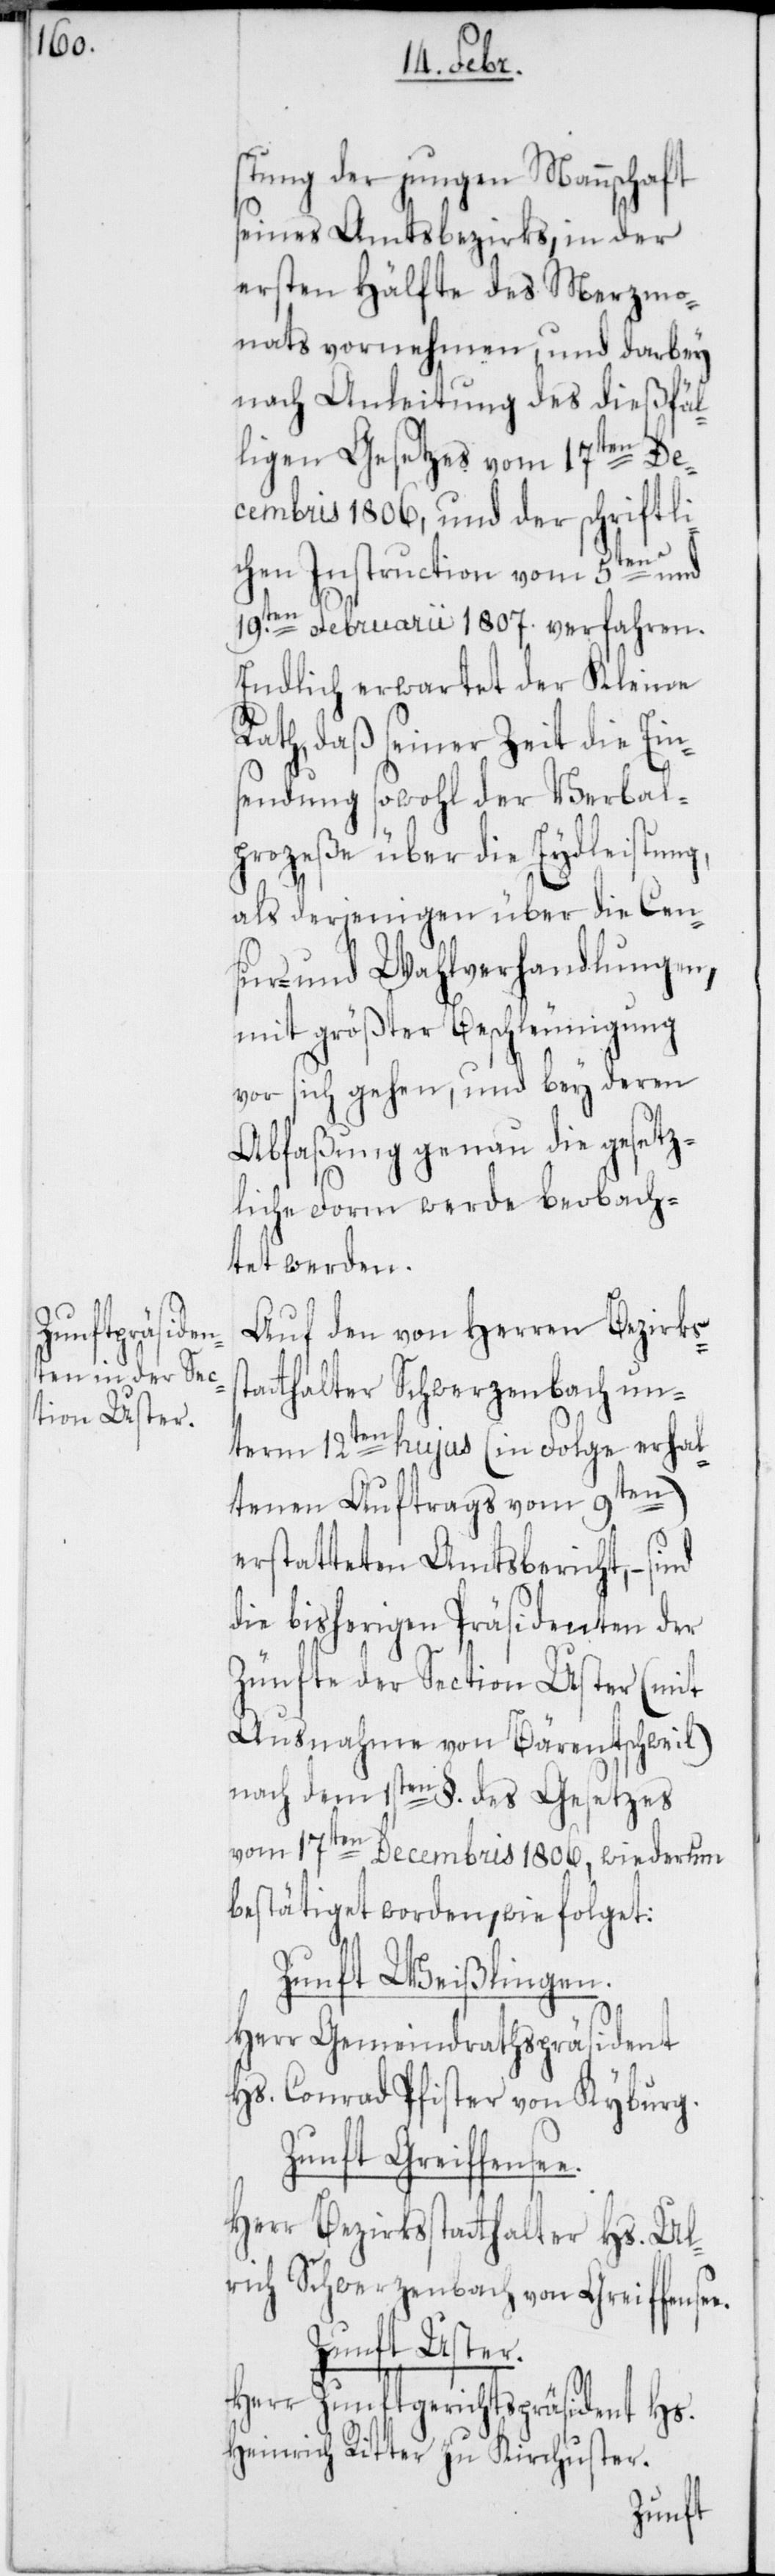
stung der jungen Mannschaft
seines Amtsbezirks, in der
ersten Hälfte des Merzmo¬
nats vornehmen, und darbey
nach Anleitung des dießfäl¬
ligen Gesetzes vom 17ten De¬
cembris 1806, und der schriftli¬
chen Instruction vom 5ten und
19ten Februarii 1807. verfahren.
Endlich erwartet der Kleine
Rath, daß seiner Zeit die Ein¬
sendung sowohl der Verbal¬
prozeße über die Eydleistung,
als derjenigen über die Cen¬
sur- und Wahlverhandlungen,
mit größter Beschleunigung
vor sich gehen, und bey deren
Abfaßung genau die gesetz¬
liche Form werde beobach¬
tet werden.
Auf den von Herren Bezirks¬
atthalter Schwerzenbach un¬
term 12ten hujus (in Folge erhal¬
tenen Auftrags vom 9ten)
erstatteten Amtsbericht, –
die bisherigen Präsidenten der
Zünfte der Section Uster (mit
Ausnahme von Bärentschweil)
nach dem 1sten §. des Gesetzes
vom 17ten Decembris 1806, wiederum
bestätiget worden, wie folget:
Zunft Weißlingen.
Herr Gemeindrathspräsident
Hs. Conrad Pfister von Kyburg.
Herr Bezirksstatthalter Hs. Ul¬
rich Schwerzenbach von Greiffensee.
Zunft Uster.
Herr Zunftgerichtspräsident Hs.
Heinrich Ritter zu Kirchuster.
Zunft